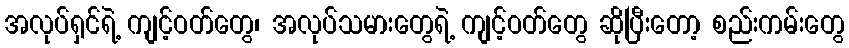
အလုပ်ရှင်ရဲ့ ကျင့်ဝတ်တွေ၊ အလုပ်သမားတွေရဲ့ ကျင့်ဝတ်တွေ ဆိုပြီးတော့ စည်းကမ်းတွေ